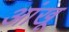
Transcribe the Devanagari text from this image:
आंखू